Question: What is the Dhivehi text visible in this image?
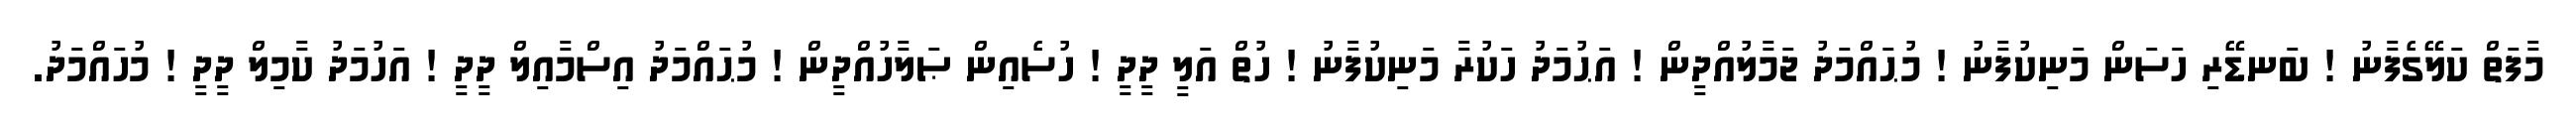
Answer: މާފަތް ކަލޭގެފާނު ! ބަނޑޭރި ހަސަން މަނިކުފާނު ! މުޙައްމަދު ޖަމާލުއްދީން ! އަޙުމަދު ހަކުރާ މަނިކުފާނު ! ހުތް އަލީ ދީދީ ! ހުސެއިން ޞަލާހުއްދީން ! މުޙައްމަދު އިސްމާއިލް ދީދީ ! އަހުމަދު ކާމިލް ދީދީ ! މުހައްމަދު.